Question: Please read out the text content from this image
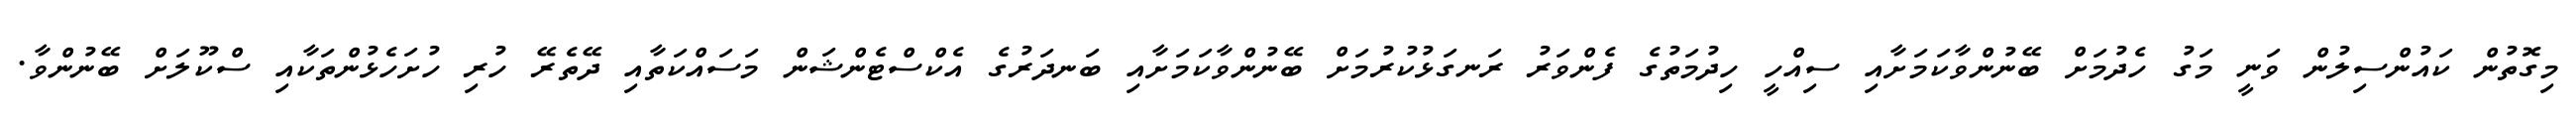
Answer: މިގޮތުން ކައުންސިލުން ވަނީ މަގު ހެދުމަށް ބޭނުންވާކަމަށާއި ސިއްހީ ހިދުމަތުގެ ފެންވަރު ރަނގަޅުކުރުމަށް ބޭނުންވާކަމަށާއި ބަނދަރުގެ އެކްސްޓެންޝަން މަސައްކަތާއި ދޭތެރޭ ހުރި ހުށަހެޅުންތަކާއި ސްކޫލަށް ބޭނުންވާ.